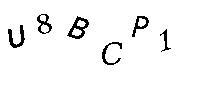
U8BCP1